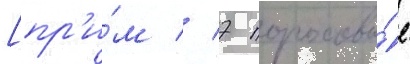
[пр'и́м // 7 пороховы́е